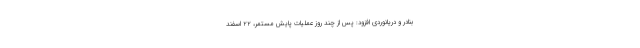
بنادر و دریانوردی افزود: پس از چند روز عملیات پایش مستمر، ۲۲ اسفند